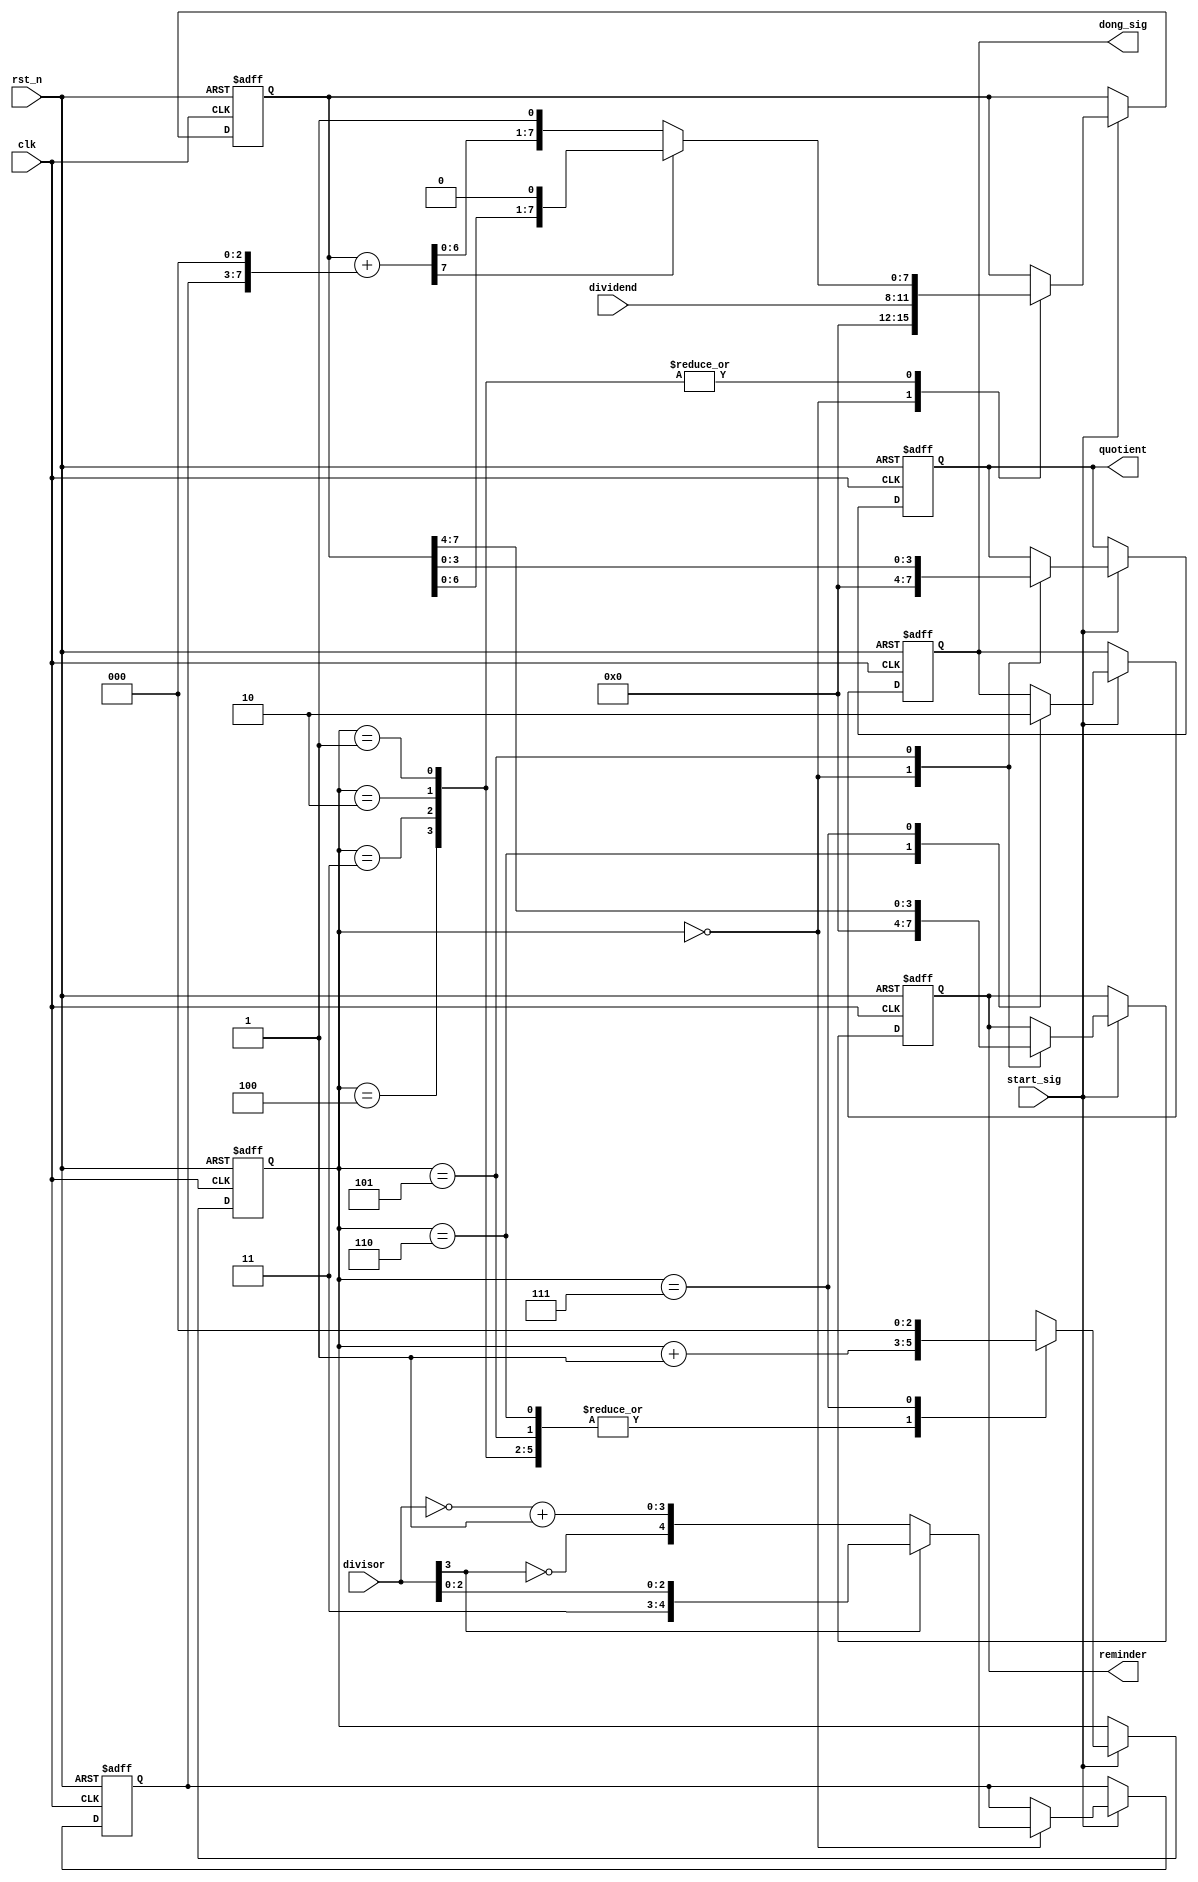
/////////////////////////////////////////////////////////////
//
//1>
//2>  -- Python
/////////////////////////////////////////////////////////////

module streamlined_divider_4bit_improve(
    clk,
    rst_n,
    start_sig,
    dividend,
    divisor,
    dong_sig,
    quotient,
    reminder
    );
    
    input clk;
    input rst_n;
    
    input start_sig;
    input [3:0]dividend;
    input [3:0]divisor;
    
    output dong_sig;
    output [3:0]quotient;
    output [3:0]reminder;
    
    /******************************/
    
    reg [7:0]temp;
    reg [7:0]diff;
    reg [4:0]s;
    
    /******************************/
    
    reg isDone;
    reg [3:0]q;
    reg [3:0]r;
    
    assign dong_sig = isDone;
    assign quotient = q;
    assign reminder = r;
    
    /******************************/
    
    reg [2:0]i;
    
    always @(posedge clk or negedge rst_n) begin
        if (!rst_n) begin
            i <= 3'd0;
            isDone <= 1'b0;
            q <= 4'd0;
            r <= 4'd0;
            temp <= 8'd0;
            diff <= 8'd0;
            s <= 5'd0;
        end
        else if (start_sig)
        
            case(i)
            
                0: //
                begin
                    temp <= {4'd0, dividend};
                    s <= divisor[3] ? {divisor[3], divisor} : {~divisor[3], (~divisor+1'b1)};
                    diff <= 8'd0;
                    q <= 4'd0;
                    r <= 4'd0;
                    i <= i + 1'b1;
                end
                
                1, 2, 3, 4: //
                begin
                    diff = temp + {s, 3'b0}; //"=" diff[7]
                    
                    if (diff[7])
                        temp <= {temp[6:0], 1'b0};
                    else
                        temp <= {diff[6:0], 1'b1};
                        
                    i <= i + 1'b1;
                end
                
                5: //
                begin
                    q <= temp[3:0];
                    r <= temp[7:4];
                    i <= i + 1'b1;
                end
                
                6:
                begin
                    isDone <= 1'b1;
                    i <= i + 1'b1;
                end
                
                7:
                begin
                    isDone <= 1'b0;
                    i <= 3'd0;
                end
            
            endcase
    end
    
endmodule